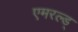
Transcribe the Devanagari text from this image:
एमरल्ड्